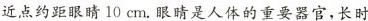
近点约距眼睛10cm.眼睛是人体的重要器官，长时